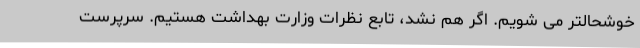
خوشحالتر می شویم. اگر هم نشد، تابع نظرات وزارت بهداشت هستیم. سرپرست